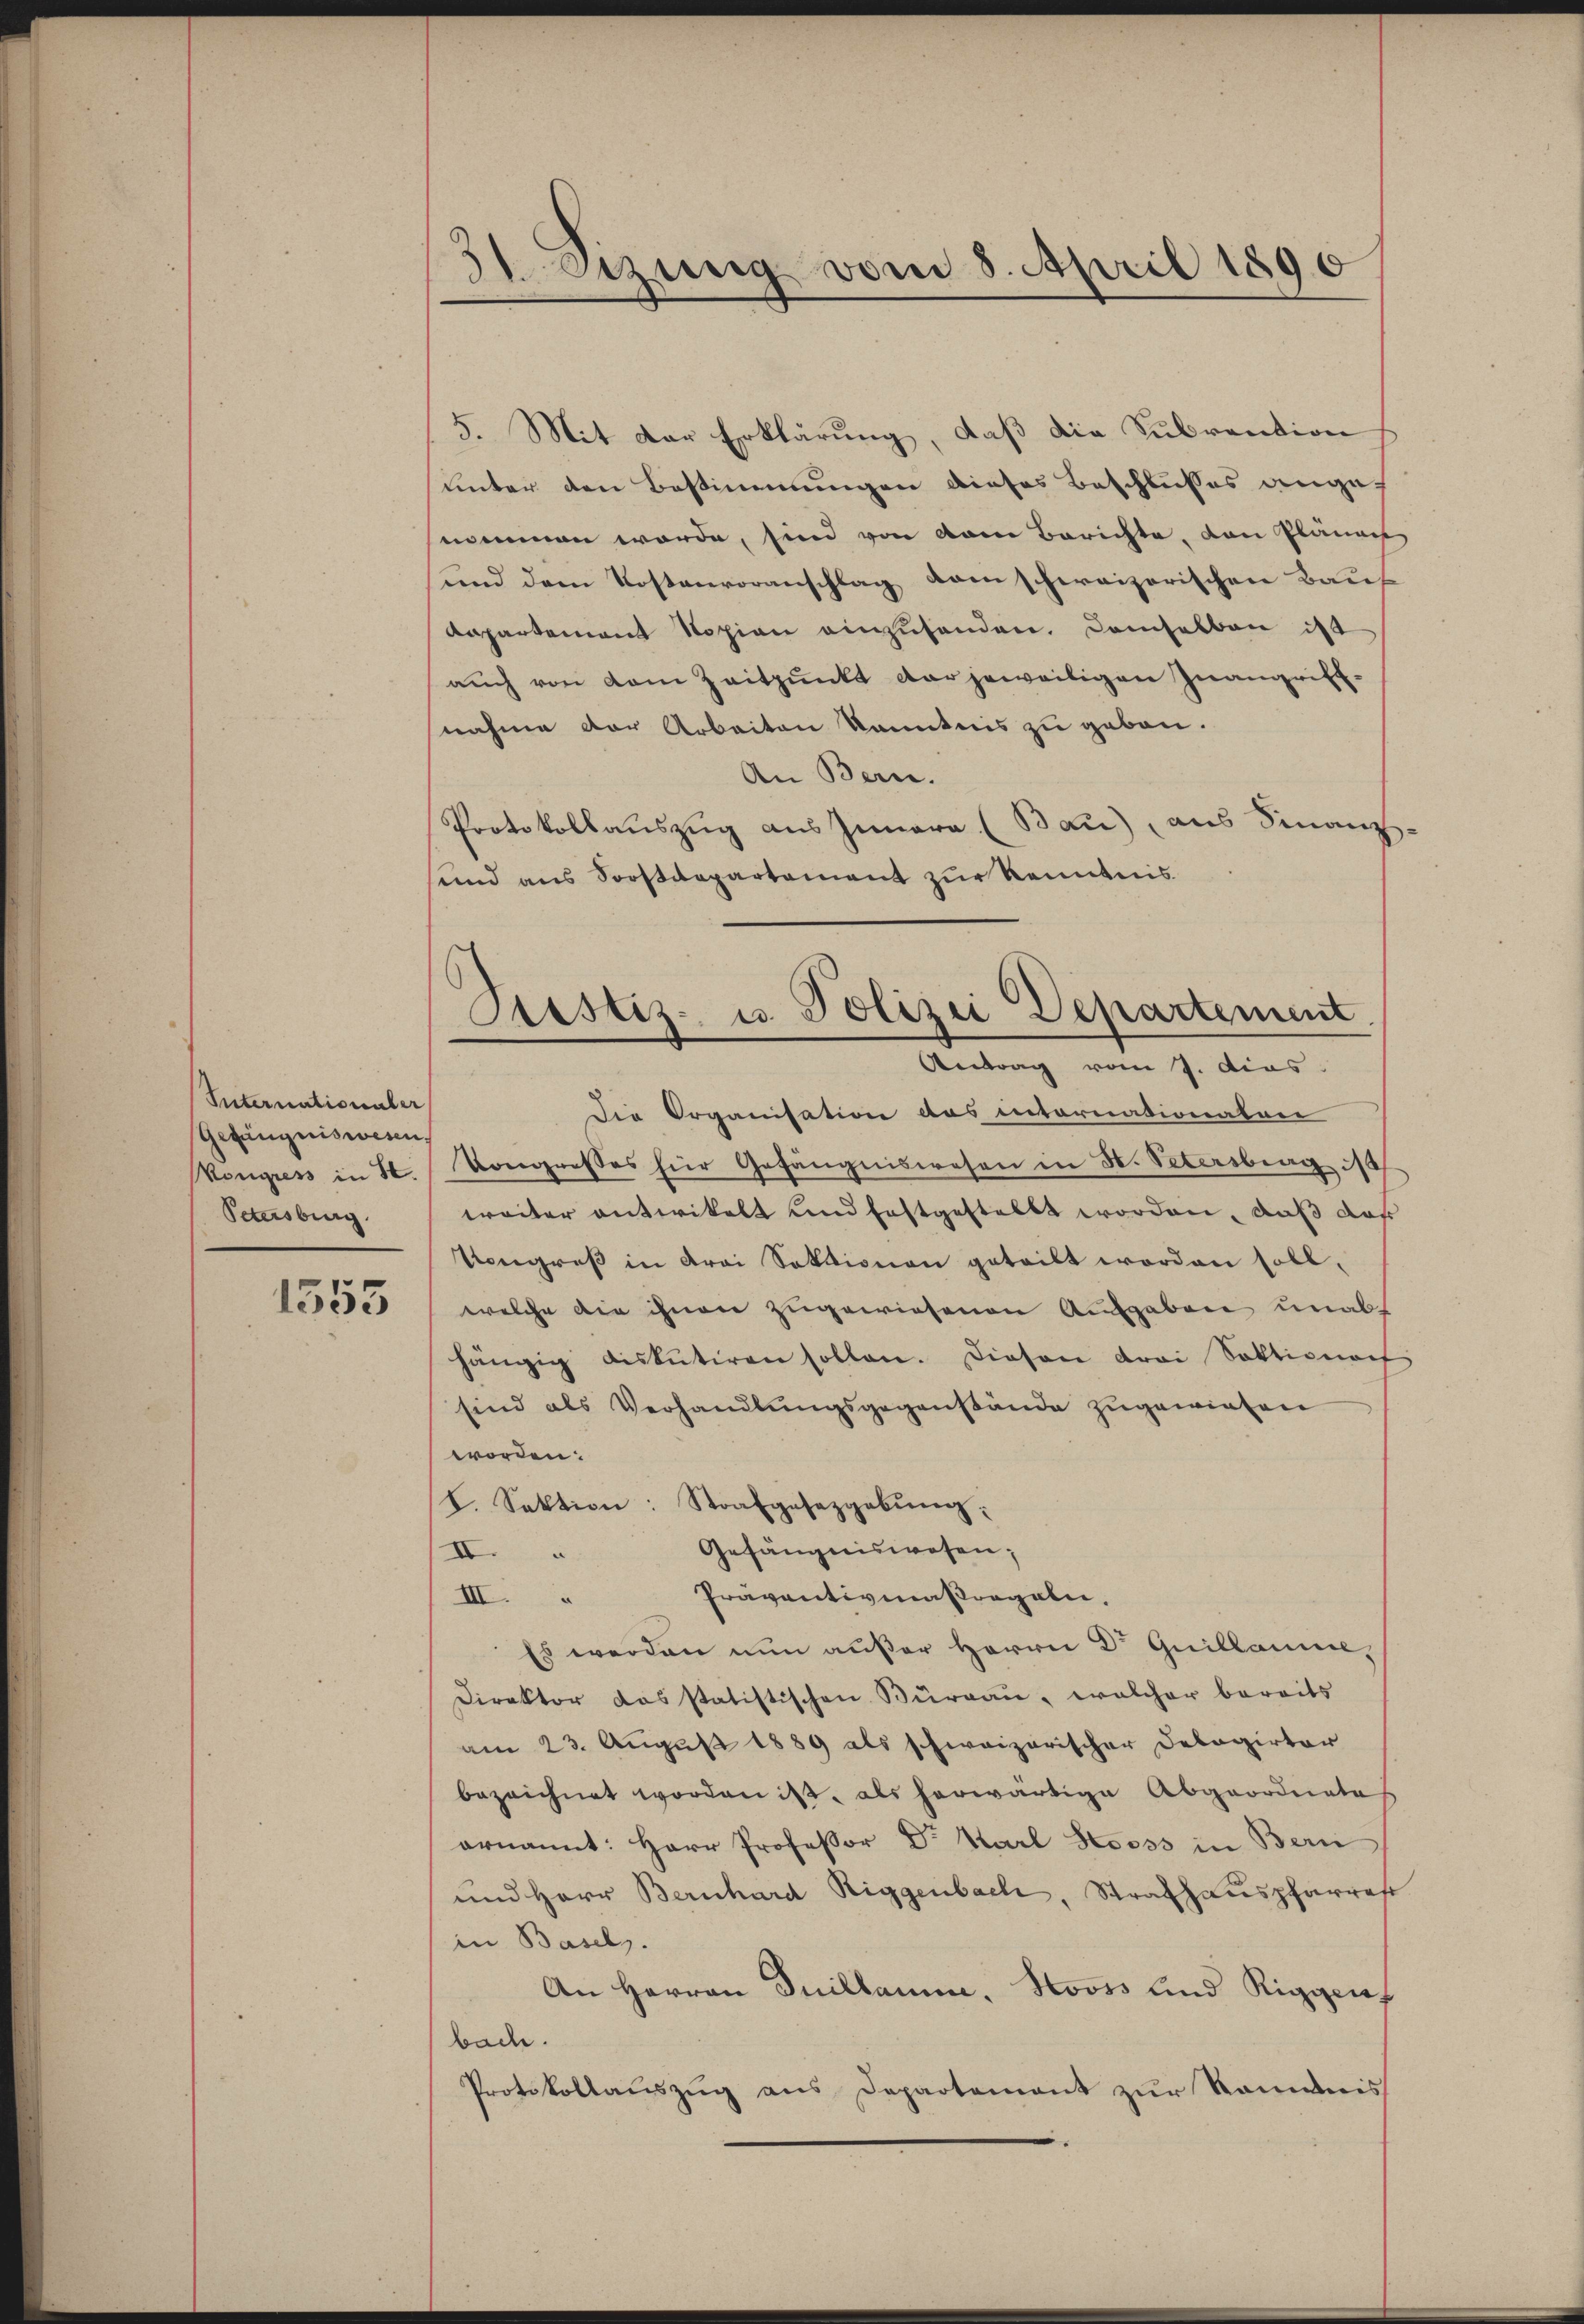
Suternationaler
Gefängniswesen.
Kongress in St.
Petersburg.

1555

31 Sizung vom 8. April 1890

5. Mit der Erklärung, daß die Subvention
unter den Bestimmungen dieses Beschlusses angenommen werde, sind von vom Berichte, von Plänach
und dem Kostenvoranschlag dem schweizerischen Bauf
apartement Nopian einzusenden. Demselben ist
auch von dem Zeitpunkt der jeweiligen Inangriffnahme der Arbeiten kanntnis zu geben.
An Bern.
Protokollauszug aus Innern (Bau), aus Finanz
sund aus Sorstdepartement zur Kenntnis
Die Organisation das internationalen
Vongresses für Gefängniswesen in N. Vetersburg ist
weiter entwickelt und festgestellt worden, daß das
Vogreβ in drei Sektionen geteilt worden soll.
welche die ihnen zugewiesenen Aufgaben unabs
hängig diskŭtiren sollen. Diesen drei Sektionach
sind als Verhandlŭngsgegenstände zugewiesen
worden:
I. Sektion: Strafgesetzgebŭng.
Gefängniswesen;
II.
Präventivmassregeln,
III.
Es werden nun außer Herrn Dr Quillame,
Direktor das statistischen Büreau, welcher bereits
am 23. August 1889 als schweizerischer Debagirter
bezeichnet worden ist, als herwärtige Abgeordnete
ernannt: Herr Professor Dr. Karl Stooss in Bern
und Herr Bernhard Riggenbach, Strafhauspfarrer
in Basels.
An Herren Suillamm. Stooss und Riggenbach.
Protokollauszug aus Departement zur Rommis

Justiz- u. Polizei Departement
Antrag vom 7. dies